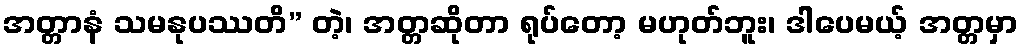
အတ္တာနံ သမနုပဿတိ” တဲ့၊ အတ္တဆိုတာ ရုပ်တော့ မဟုတ်ဘူး၊ ဒါပေမယ့် အတ္တမှာ